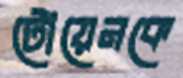
টোয়েনকে